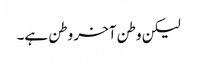
لیکن وطن آخر وطن ہے۔